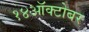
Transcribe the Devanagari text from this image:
१४ऑक्टोबर